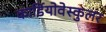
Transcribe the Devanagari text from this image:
कार्डियोवेस्कुलर